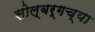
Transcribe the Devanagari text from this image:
सोल्बर्गच्या